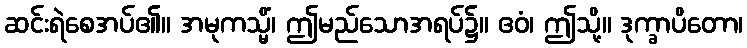
ဆင်းရဲစေအပ်၏။ အမုကသ္မိံ၊ ဤမည်သောအရပ်၌။ ဧဝံ၊ ဤသို့။ ဒုက္ခာပိတော၊